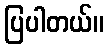
ပြပါတယ်။